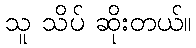
သူ သိပ် ဆိုးတယ်။